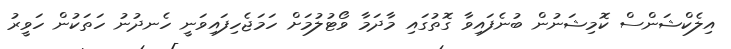
އިލެކްޝަންސް ކޮމިޝަނުން ބުނެފައިވާ ގޮތުގައި މާދަމާ ވޯޓުލުމަށް ހަމަޖެހިފައިވަނީ ހެނދުނު ހަތަކުން ހަވީރު